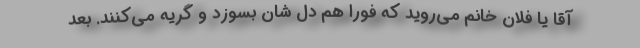
آقا یا فلان خانم می‌روید که فورا هم دل شان بسوزد و گریه می‌کنند. بعد